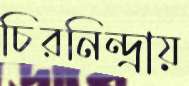
চিরনিন্দ্রায়